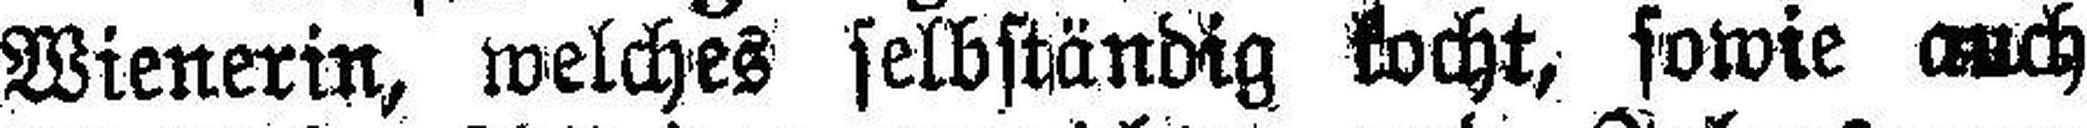
Wienerin, welches selbständig kocht, sowie auch